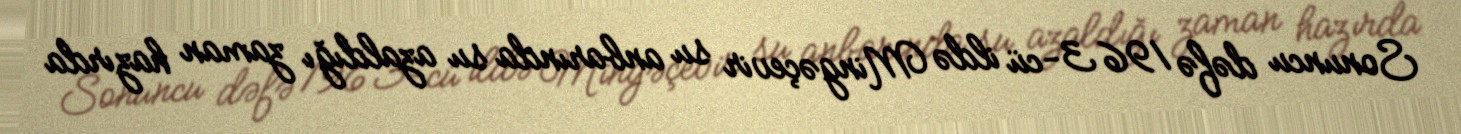
Sonuncu dəfə 1963-cü ildə Mingəçevir su anbarında su azaldığı zaman hazırda